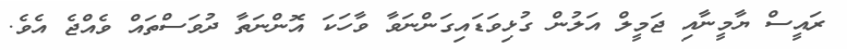
ރައީސް ޔާމީނާއި ޖަމީލް އަލުން ގުޅިވަޑައިގަންނަވާ ވާހަކަ އޮންނަތާ ދުވަސްތައް ވެއްޖެ އެވެ.